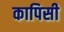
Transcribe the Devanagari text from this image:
कापिसी